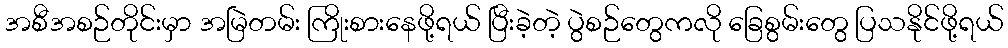
အစီအစဉ်တိုင်းမှာ အမြဲတမ်း ကြိုးစားနေဖို့ရယ် ပြီးခဲ့တဲ့ ပွဲစဉ်တွေကလို ခြေစွမ်းတွေ ပြသနိုင်ဖို့ရယ်